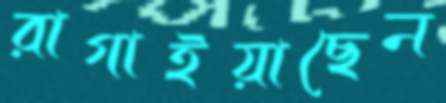
রাগাইয়াছেন